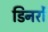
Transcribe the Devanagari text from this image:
डिनरों